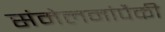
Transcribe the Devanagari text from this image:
संमेलनांपैकी